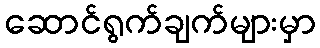
ဆောင်ရွက်ချက်များမှာ